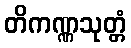
တိကဏ္ဏသုတ္တံ